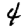
Digit: 4